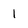
Character: 1